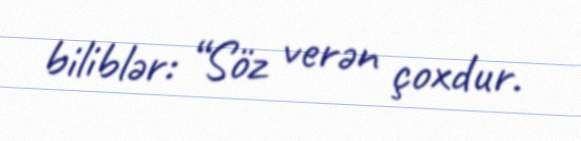
biliblər: “Söz verən çoxdur.